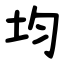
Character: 均